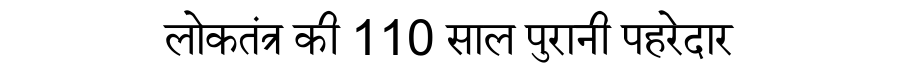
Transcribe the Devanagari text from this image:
लोकतंत्र की 110 साल पुरानी पहरेदार